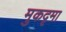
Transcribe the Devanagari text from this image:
मुकदृमा